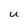
Character: U